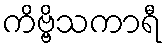
ကိဗ္ဗိသကာရီ